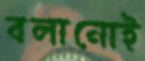
বলানোই